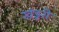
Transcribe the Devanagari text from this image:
खंडूरी